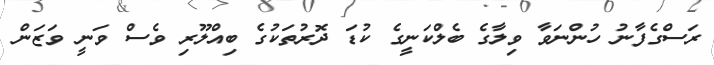
ރަސްގެފާނު ހުންނަވާ ވިލާގެ ބެލްކަނީގެ ކުޑަ ދޮރުތަކުގެ ބިއްލޫރި ވެސް ވަނީ ވަޒަން